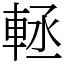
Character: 䡕